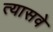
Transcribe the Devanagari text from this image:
त्यासवे